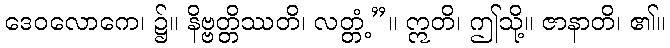
ဒေဝလောကေ၊ ၌။ နိဗ္ဗတ္တိဿတိ၊ လတ္တံ့”။ ဣတိ၊ ဤသို့။ ဇာနာတိ၊ ၏။